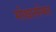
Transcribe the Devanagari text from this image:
मोक्षासोबत